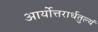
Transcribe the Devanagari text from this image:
आर्योत्तरार्धतुल्यं